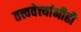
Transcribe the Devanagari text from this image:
तत्त्ववेत्त्यांनीही